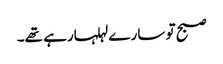
صبح تو سارے لہلہارہے تھے۔